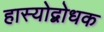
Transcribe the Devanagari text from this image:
हास्योद्बोधक